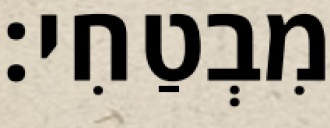
מִבְטַחִי: